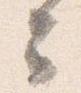
云